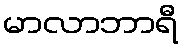
မာလာဘာရီ